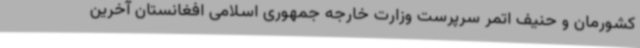
کشورمان و حنیف اتمر سرپرست وزارت خارجه جمهوری اسلامی افغانستان آخرین